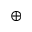
\oplus